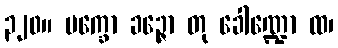
၃၂၀။ ပက္ခော ခဉ္ဇော တု ခေါဏ္ဍော ထ၊